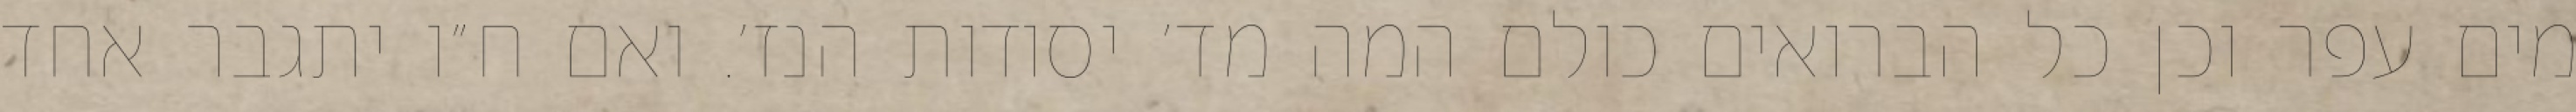
מים עפר וכן כל הברואים כולם המה מד׳ יסודות הנז׳. ואם ח״ו יתגבר אחד